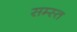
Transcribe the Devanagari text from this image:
सम्स्त